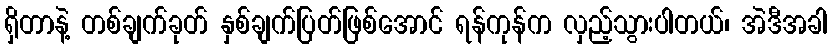
ရှိတာနဲ့ တစ်ချက်ခုတ် နှစ်ချက်ပြတ်ဖြစ်အောင် ရန်ကုန်က လှည့်သွားပါတယ်၊ အဲဒီအခါ